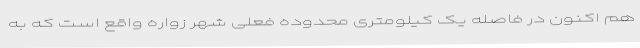
هم اکنون در فاصله یک کیلومتری محدوده فعلی شهر زواره واقع است که به